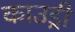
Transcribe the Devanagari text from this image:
काउड्री